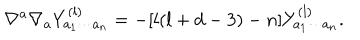
\nabla ^ { a } \nabla _ { a } Y _ { a _ { 1 } \cdots a _ { n } } ^ { ( l ) } = - [ l ( l + d - 3 ) - n ] Y _ { a _ { 1 } \cdots a _ { n } } ^ { ( l ) } .